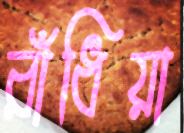
রাঁধিয়া